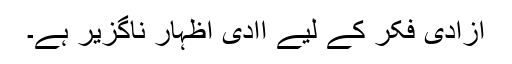
آزادیٔ فکر کے لیے آادیٔ اظہار ناگزیر ہے۔